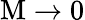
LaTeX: \mathrm{M}\rightarrow 0